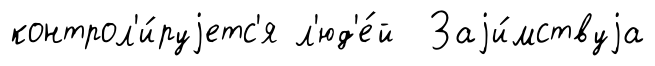
контрол'и́руjетс'я л'юд'е́й Заjи́мствуjа